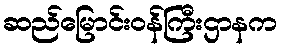
ဆည်မြောင်းဝန်ကြီးဌာနက